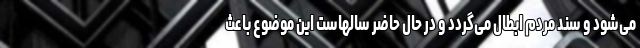
می‌شود و سند مردم ابطال می‌گردد و در حال حاضر سالهاست این موضوع باعث